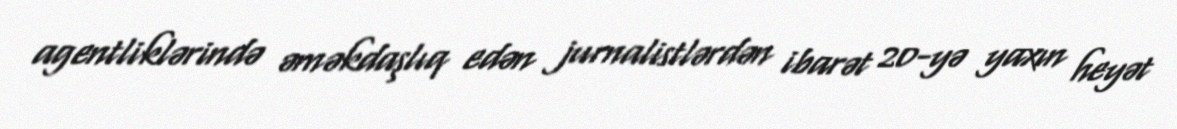
agentliklərində əməkdaşlıq edən jurnalistlərdən ibarət 20-yə yaxın heyət